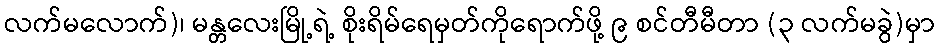
လက်မလောက်)၊ မန္တလေးမြို့ရဲ့ စိုးရိမ်ရေမှတ်ကိုရောက်ဖို့ ၉ စင်တီမီတာ (၃ လက်မခွဲ)မှာ